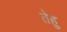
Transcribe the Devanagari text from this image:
तेहु